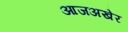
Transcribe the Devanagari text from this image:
आजअखेर